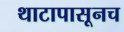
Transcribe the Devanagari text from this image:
थाटापासूनच